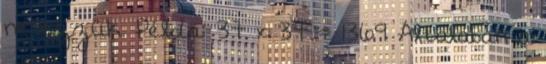
nevezzük. Példa: 37 x 37 = 1369 Általában a